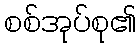
စစ်အုပ်စု၏